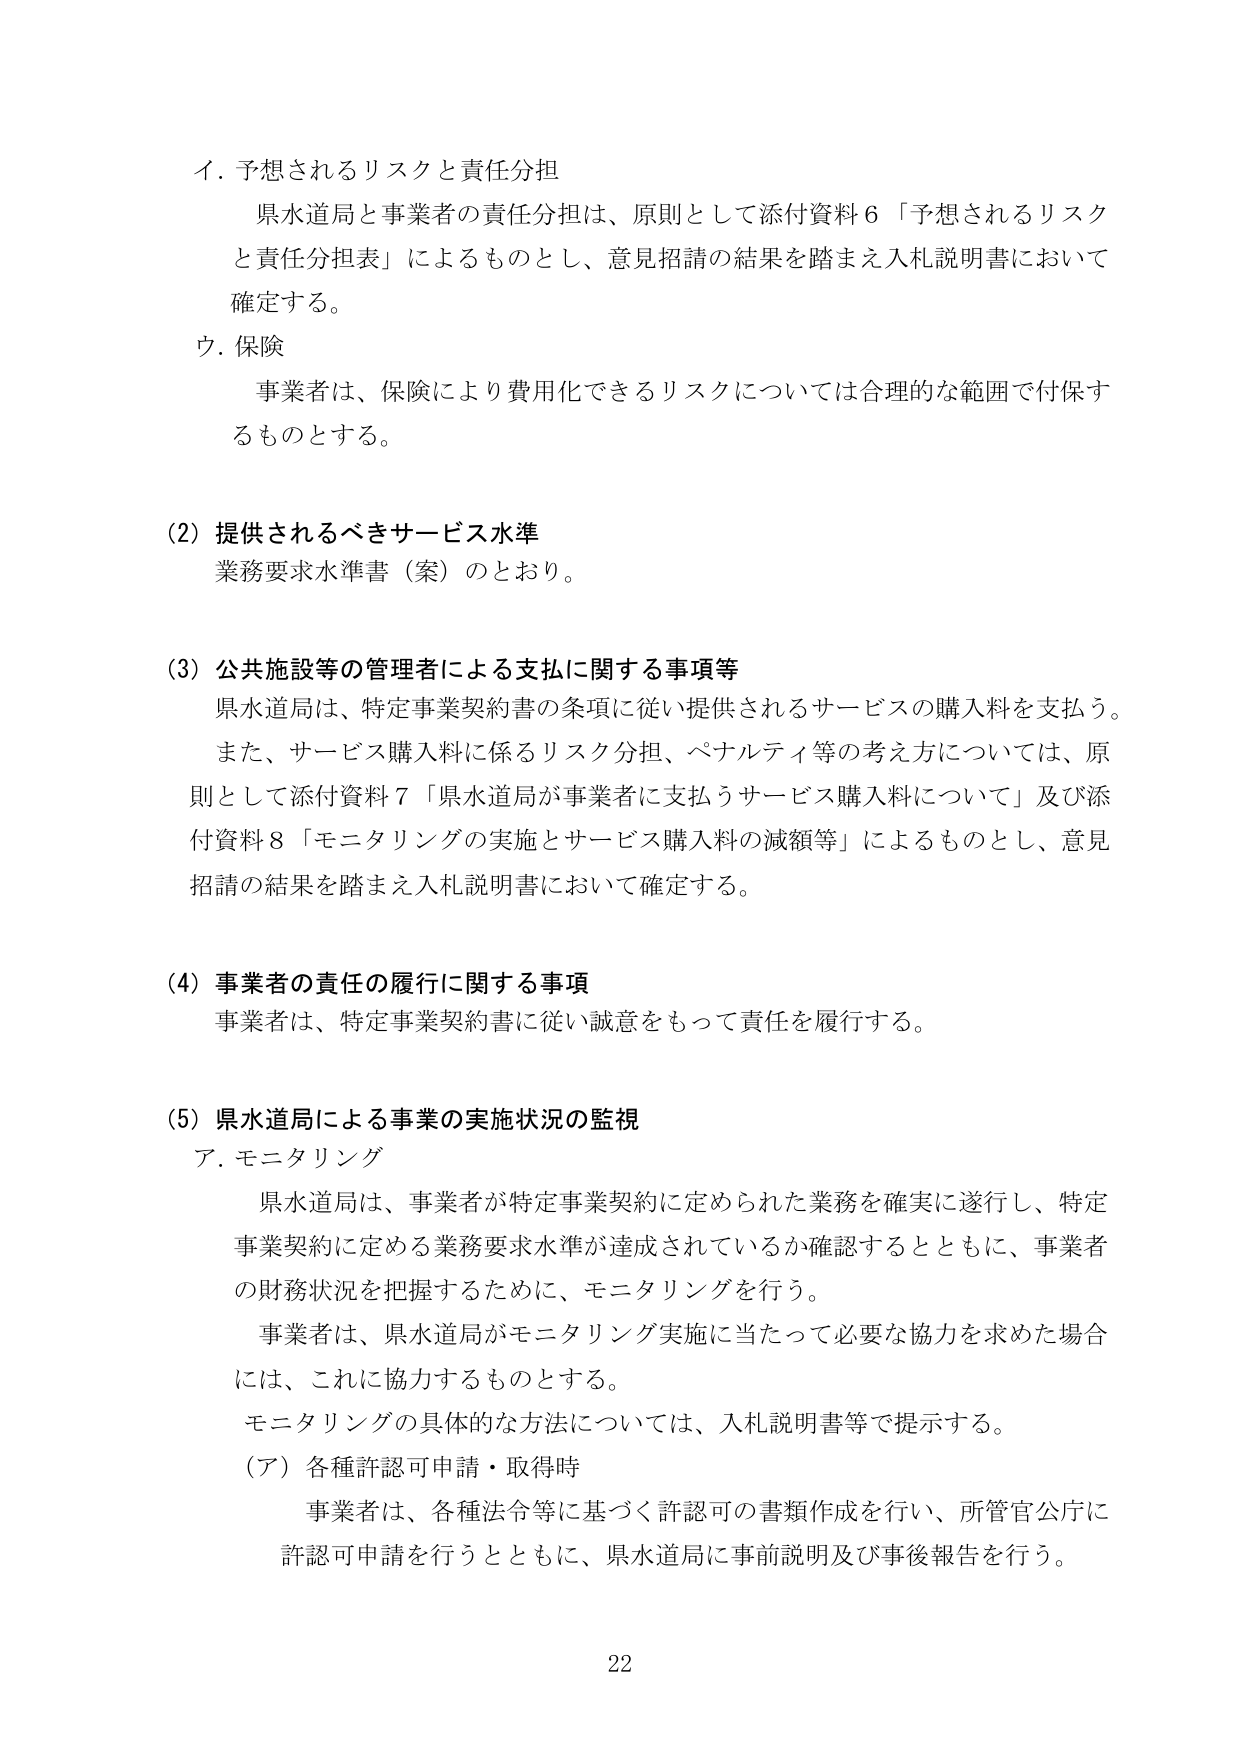
イ．予想されるリスクと責任分担
県水道局と事業者の責任分担は、原則として添付資料６「予想されるリスクと責任分担表」によるものとし、意見招請の結果を踏まえ入札説明書において確定する。

ウ．保険
事業者は、保険により費用化できるリスクについては合理的な範囲で付保するものとする。

（2）提供されるべきサービス水準
業務要求水準書（案）のとおり。

（3）公共施設等の管理者による支払に関する事項等
県水道局は、特定事業契約書の条項に従い提供されるサービスの購入料を支払う。また、サービス購入料に係るリスク分担、ペナルティ等の考え方については、原則として添付資料７「県水道局が事業者に支払うサービス購入料について」及び添付資料８「モニタリングの実施とサービス購入料の減額等」によるものとし、意見招請の結果を踏まえ入札説明書において確定する。

（4）事業者の責任の履行に関する事項
事業者は、特定事業契約書に従い誠意をもって責任を履行する。

（5）県水道局による事業の実施状況の監視
ア．モニタリング
県水道局は、事業者が特定事業契約に定められた業務を確実に遂行し、特定事業契約に定める業務要求水準が達成されているか確認するとともに、事業者の財務状況を把握するために、モニタリングを行う。
事業者は、県水道局がモニタリング実施に当たって必要な協力を求めた場合には、これに協力するものとする。
モニタリングの具体的な方法については、入札説明書等で提示する。
（ア）各種許認可申請・取得時
事業者は、各種法令等に基づく許認可の書類作成を行い、所管官公庁に許認可申請を行うとともに、県水道局に事前説明及び事後報告を行う。

22